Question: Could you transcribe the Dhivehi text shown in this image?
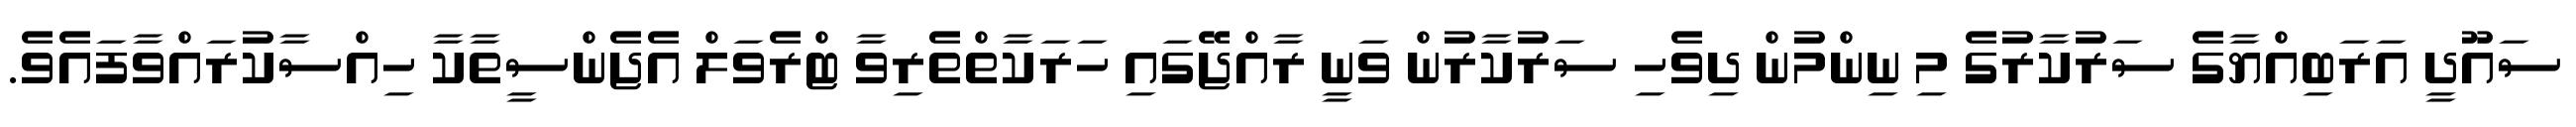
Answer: ސައޫދީ އަރަބިއްޔާގެ ސަރުކާރުގެ މި ނިންމުން ދިވެހި ސަރުކާރުން ވަނީ ރާއްޖޭގައި ހަރަކާތްތެރިވާ ޓްރެވަލް އެޖެންސީތާކާ ހިއްސާކުރައްވާފައެވެ.